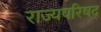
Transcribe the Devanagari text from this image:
राज्यपरिषद्